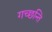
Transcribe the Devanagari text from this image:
गच्छन्ति